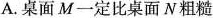
A.桌面M一定比桌面N粗糙